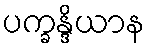
ပက္ခန္ဒိယာန